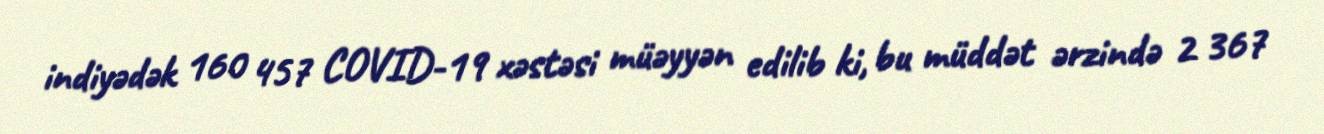
indiyədək 160 457 COVID-19 xəstəsi müəyyən edilib ki, bu müddət ərzində 2 367